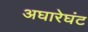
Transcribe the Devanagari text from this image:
अघारेघंट